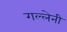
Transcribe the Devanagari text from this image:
गल्लेनी